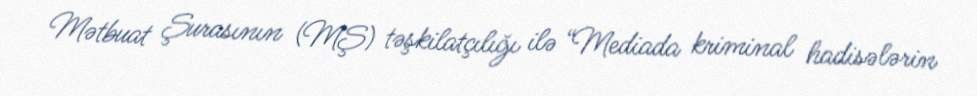
Mətbuat Şurasının (MŞ) təşkilatçılığı ilə “Mediada kriminal hadisələrin